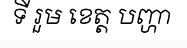
ទី រួម ខេត្ត បញ្ហា